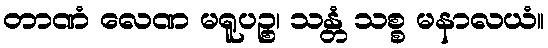
တာဏံ လေဏ မရူပဉ္စ၊ သန္တံ သစ္စ မနာလယံ။